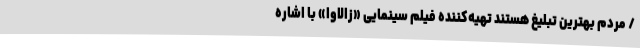
/ مردم بهترین تبلیغ هستند تهیه‌کننده فیلم سینمایی «زالاوا» با اشاره